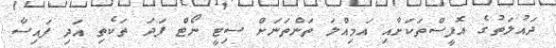
ދައުލަތުގެ އޮފީސްތަކަށާއި އަމިއްލަ ތަންތަނަށް ސިޓީ ނޯޓް ފަދަ ތަކެތި އަދި ފައިސާ